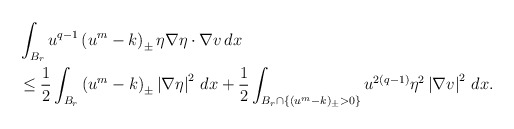
\begin{align*}\begin{aligned}&\int_{B_r}u^{q-1}\left(u^m-k\right)_\pm\eta\nabla\eta\cdot\nabla v\,dx\\&\leq \frac{1}{2}\int_{B_r}\left(u^m-k\right)_\pm\left|\nabla\eta\right|^2\,dx+\frac{1}{2}\int_{B_r\cap\{(u^m-k)_\pm>0\}}u^{2(q-1)}\eta^2\left|\nabla v\right|^2\,dx.\end{aligned}\end{align*}